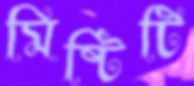
মিষ্টিটি